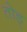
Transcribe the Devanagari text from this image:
तोड़्